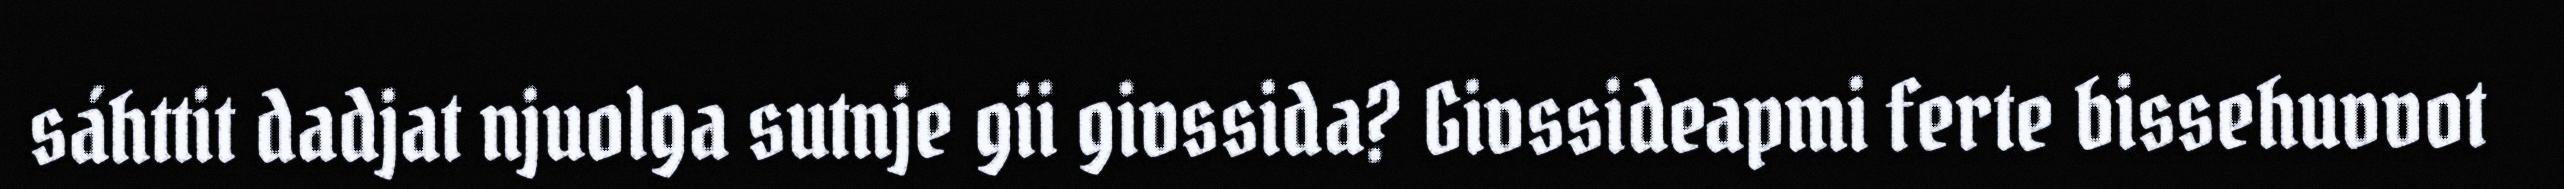
sáhttit dadjat njuolga sutnje gii givssida? Givssideapmi ferte bissehuvvot